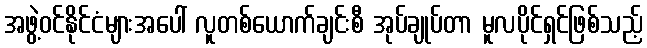
အဖွဲ့ဝင်နိုင်ငံများအပေါ် လူတစ်ယောက်ချင်းစီ အုပ်ချုပ်တာ မူလပိုင်ရှင်ဖြစ်သည့်